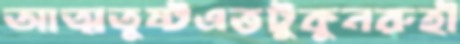
আত্মতুষ্টএত্তটুকুনরুহী